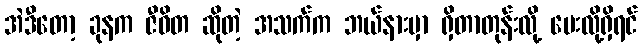
အဲဒီတော့ ခုနက ဇီဝိတ ဆိုတဲ့ အသက်က ဘယ်နားမှာ ရှိတာတုန်းလို့ မေးလို့ရှိရင်